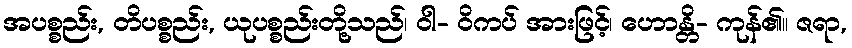
အပစ္စည်း, တိပစ္စည်း, ယုပစ္စည်းတို့သည်၊ ဝါ- ဝိကပ် အားဖြင့်၊ ဟောန္တိ- ကုန်၏။ ဇရာ,